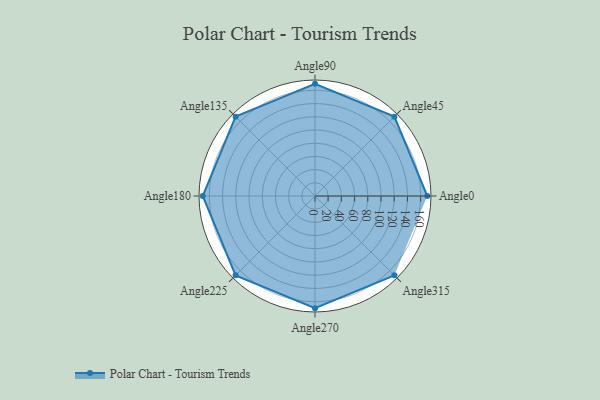
{"axis": {"x": "Angle", "y": "Radius"}, "legend": [""], "data": [{"x": "Angle0", "y": 170.0, "type": ""}, {"x": "Angle45", "y": 170, "type": ""}, {"x": "Angle90", "y": 170, "type": ""}, {"x": "Angle135", "y": 170, "type": ""}, {"x": "Angle180", "y": 170, "type": ""}, {"x": "Angle225", "y": 170, "type": ""}, {"x": "Angle270", "y": 170, "type": ""}, {"x": "Angle315", "y": 170, "type": ""}]}